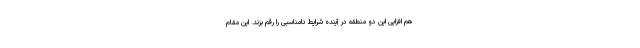
هم افزایی این دو منطقه در آینده شرایط نامناسبی را رقم بزند. این مقام